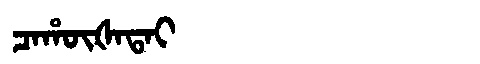
Manchu: ᠴᠠᡥᡡᡧᠠᡨᠠᡳ
Romanization: CAHŪŠATAI